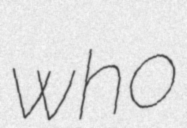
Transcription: who